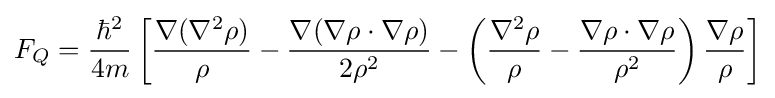
F_{Q}={\frac {\hbar ^{2}}{4m}}\left[{\frac {\nabla (\nabla ^{2}\rho )}{\rho }}-{\frac {\nabla (\nabla \rho \cdot \nabla \rho )}{2\rho ^{2}}}-\left({\frac {\nabla ^{2}\rho }{\rho }}-{\frac {\nabla \rho \cdot \nabla \rho }{\rho ^{2}}}\right){\frac {\nabla \rho }{\rho }}\right]